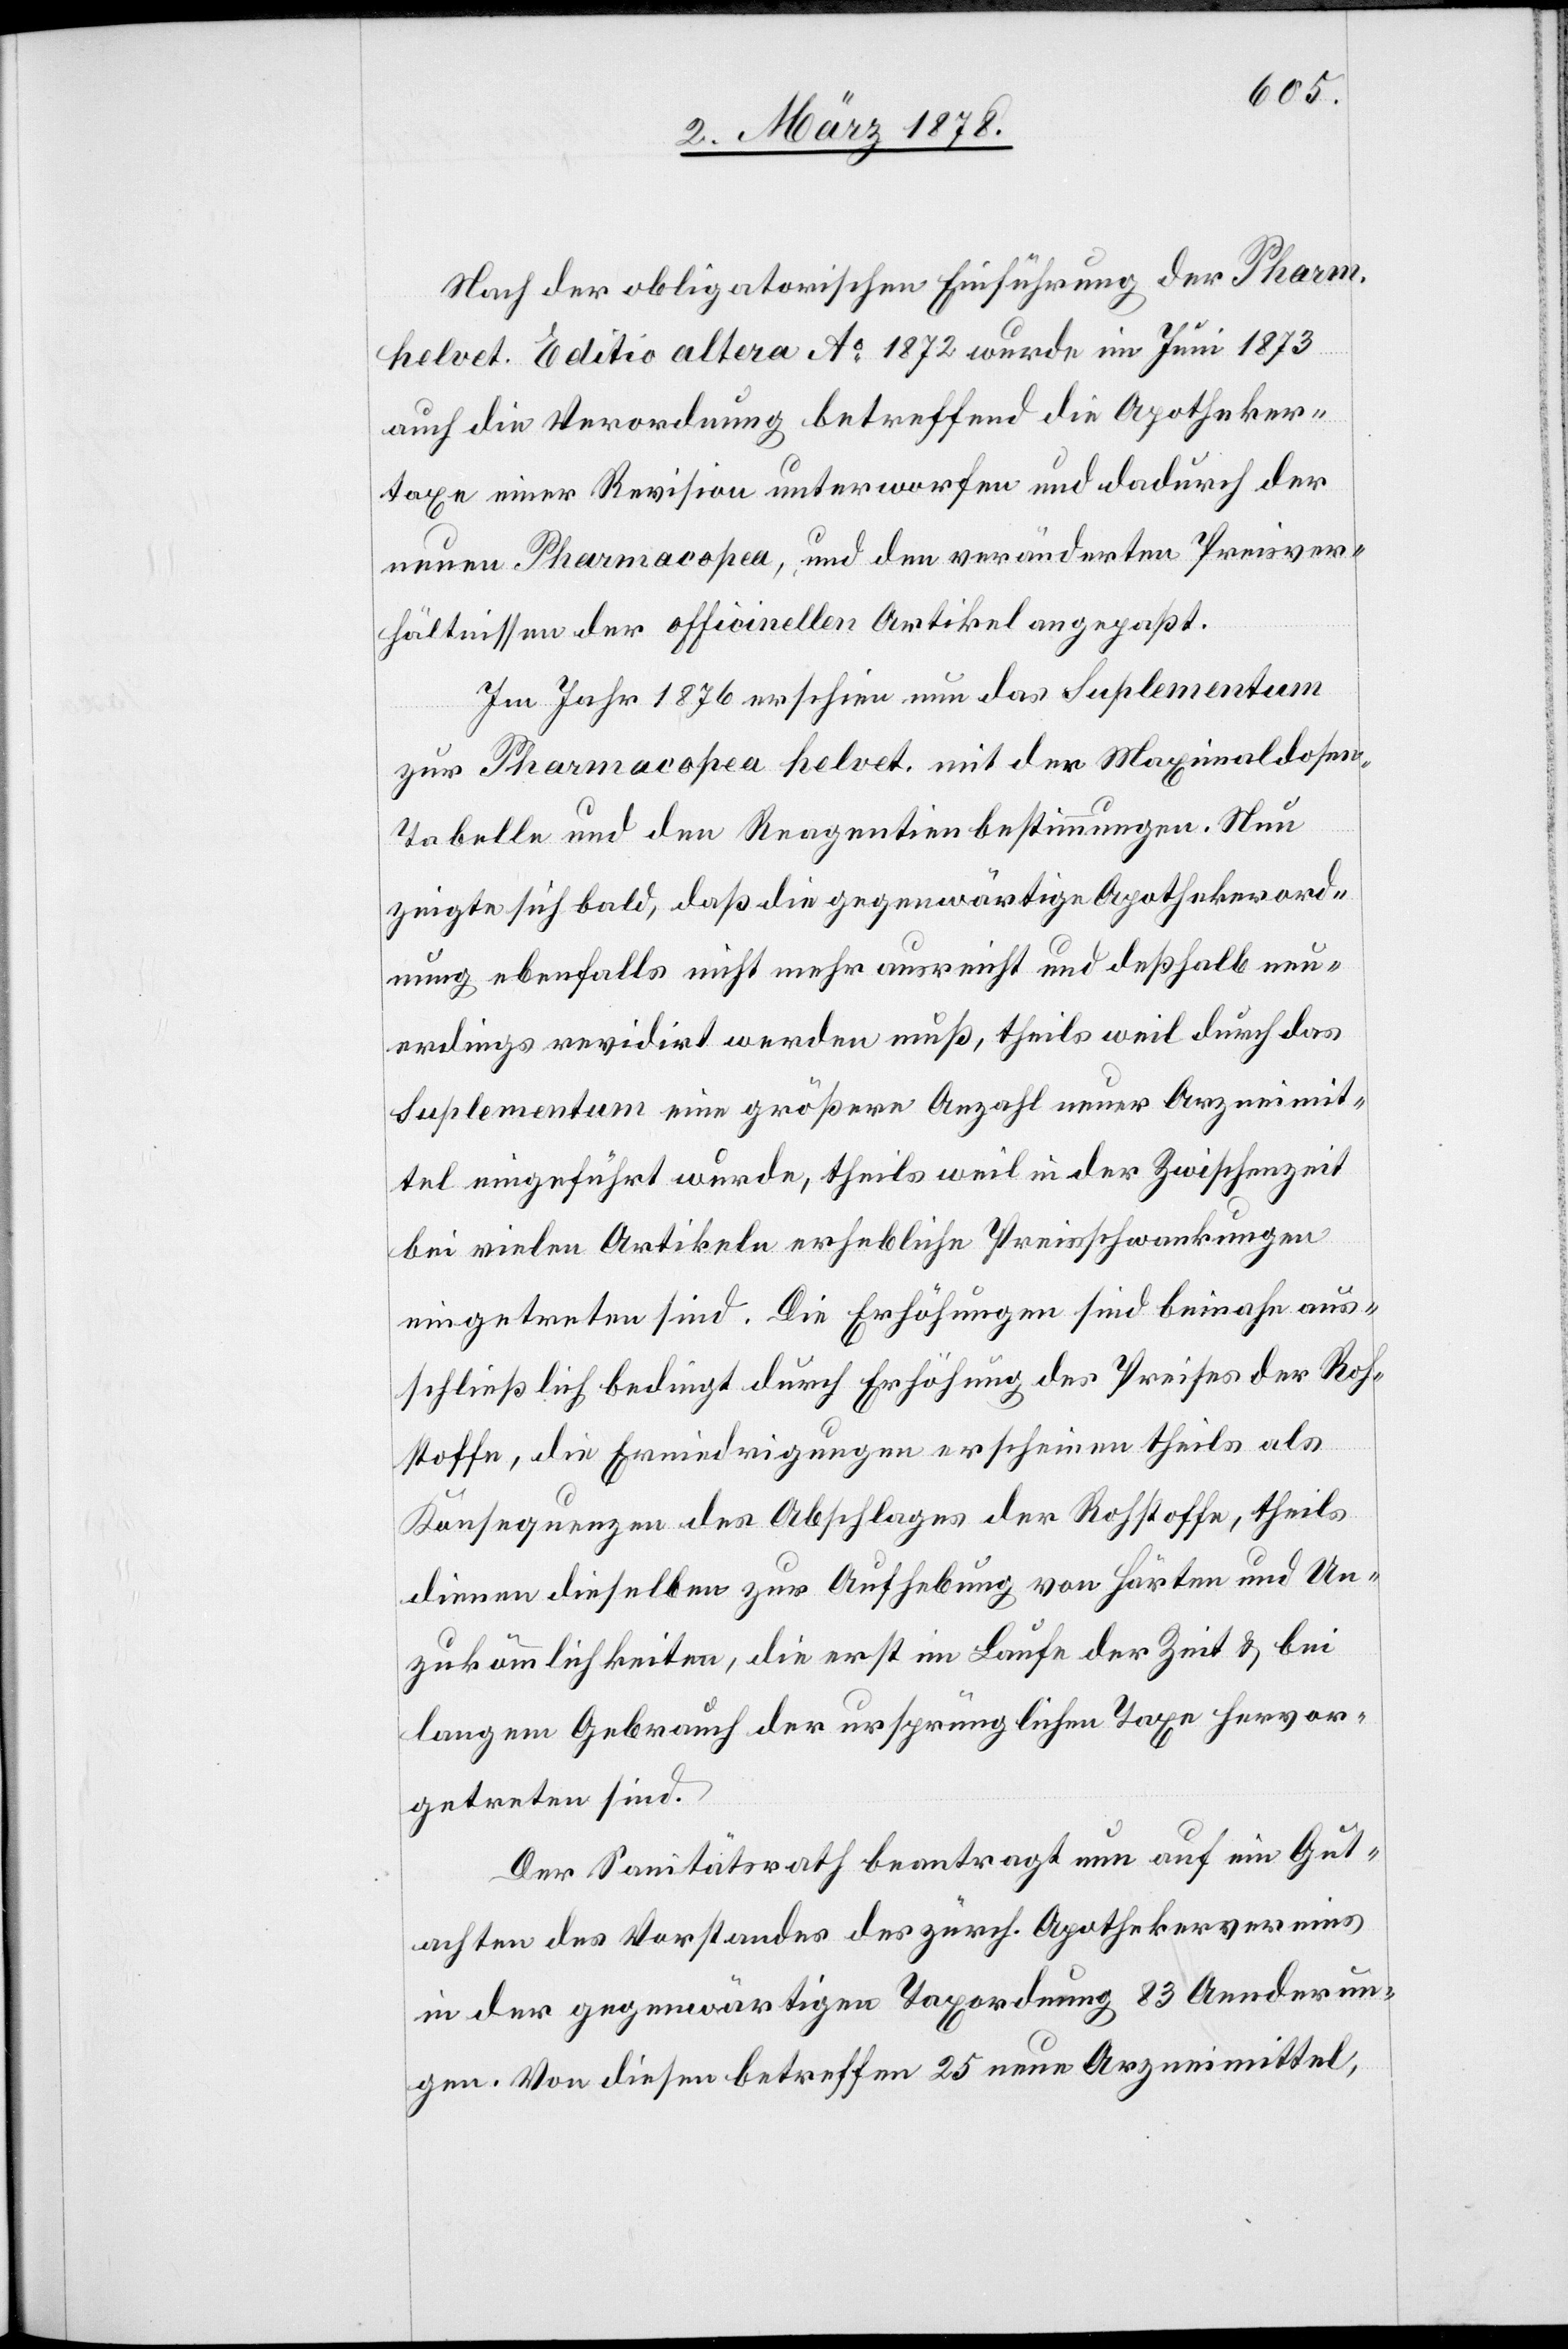
Nach der obligatorischen Einführung der Pharm.
helvet. Editio altera Ao 1872 wurde im Juni 1873
auch die Verordnung betreffend die Apotheker¬
taxe einer Revision unterworfen und dadurch der
neuen Pharmacopea, und den veränderten Preisver¬
hältnissen der officiellen Artikel angepaßt.
Im Jahr 1876 erschien nun das Suplementum
zur Pharmacopea helvet. mit der Maximaldose¬
n-Tabelle und den Reagentienbestimmungen. Nun
zeigte sich bald, daß die gegenwärtige Apothekerord¬
nung ebenfalls nicht mehr ausreicht und deßhalb neu¬
erdings revidirt werden muß, theils weil durch das
Suplementum eine größere Anzahl neuer Arzneimit¬
tel eingeführt wurde, theils weil in der Zwischenzeit
bei vielen Artikeln erhebliche Preisschwankungen
eingetreten sind. Die Erhöhungen sind beinahe aus¬
schließlich bedingt durch Erhöhung des Preises der Roh¬
stoffe, die Erniedrigungen erscheinen theils als
Konsequenzen des Abschlages der Rohstoffe, theils
dienen dieselben zur Aufhebung von Härten und Un¬
zukömmlichkeiten, die erst im Laufe der Zeit & bei
langem Gebrauch der ursprünglichen Taxen hervor¬
getreten sind.
Der Sanitätsrath beantragt nun auf ein Gut¬
achten des Vorstandes des zürch. Apothekervereins
in der gegenwärtigen Taxordnung 83 Aenderun¬
gen. Von diesen betreffen 25 neue Arzneimittel,